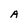
Character: A